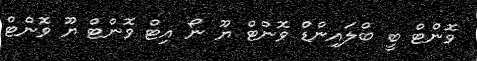
ވޮންޓް ބީ ބްލައިންޑް ވޮންޓް ޔޫ ނޯ އިޓް ވޮންޓް ޔޫ ވޮންޓް